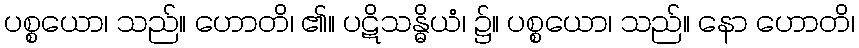
ပစ္စယော၊ သည်။ ဟောတိ၊ ၏။ ပဋိသန္ဓိယံ၊ ၌။ ပစ္စယော၊ သည်။ နော ဟောတိ၊